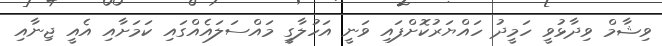
ވިޝާމް ވިދާޅުވީ ހަމީދު ހައްޔަރުކޮށްފައި ވަނީ އަހުލާގީ މައްސަލައެއްގައި ކަމަށާއި އެއީ ޖިނާއި